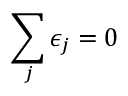
\sum _ { j } \epsilon _ { j } = 0